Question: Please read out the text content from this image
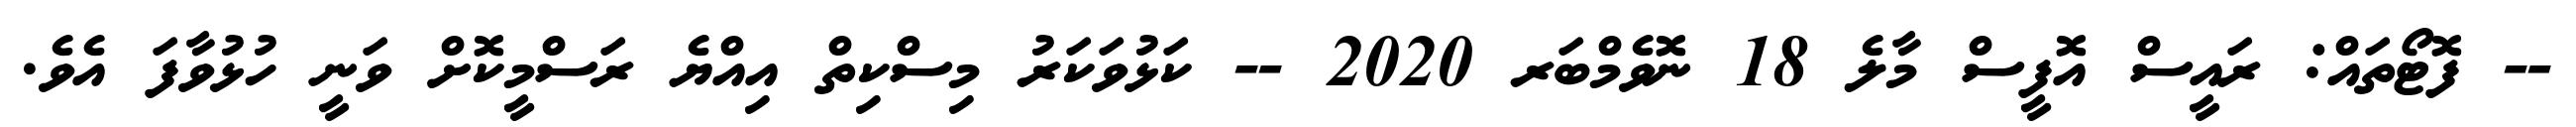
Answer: -- ފޮޓޯތައް: ރައީސް އޮފީސް މާލެ 18 ނޮވެމްބަރ 2020 -- ކަޅުވަކަރު މިސްކިތް އިއްޔެ ރަސްމީކޮށް ވަނީ ހުޅުވާފަ އެވެ.